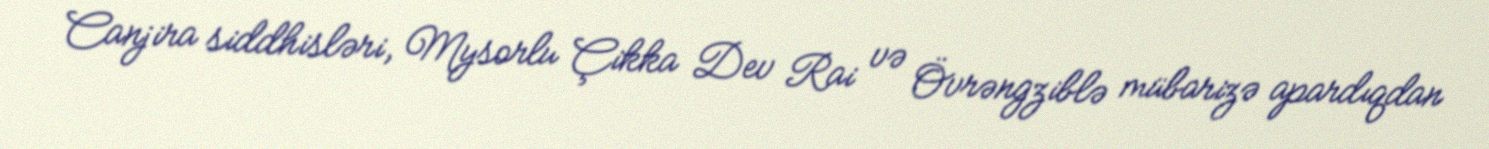
Canjira siddhisləri, Mysorlu Çikka Dev Rai və Övrəngziblə mübarizə apardıqdan